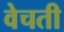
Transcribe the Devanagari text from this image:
वेचती